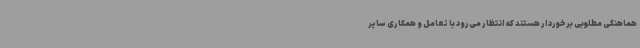
هماهنگی مطلوبی برخوردار هستند که انتظار می‌رود با تعامل و همکاری سایر